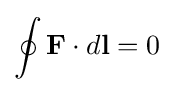
\oint \mathbf {F} \cdot d\mathbf {l} =0